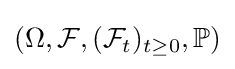
(\Omega ,{\mathcal {F}},({\mathcal {F}}_{t})_{t\geq 0},\mathbb {P} )